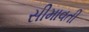
સીમાવતી